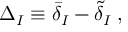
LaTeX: \Delta _ { I } \equiv { \bar { \delta } } _ { I } - \tilde { \delta } _ { I } \; ,